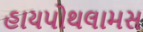
હાયપોથલામસ